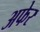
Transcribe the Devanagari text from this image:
अफेर